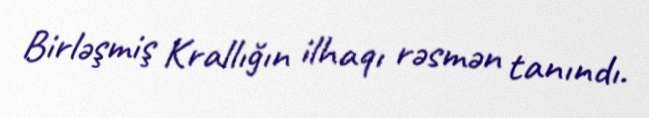
Birləşmiş Krallığın ilhaqı rəsmən tanındı.